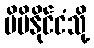
မိမိနိုင်ငံသို့